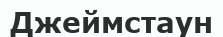
Джеймстаун